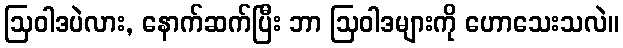
ဩဝါဒပဲလား, နောက်ဆက်ပြီး ဘာ ဩဝါဒများကို ဟောသေးသလဲ။